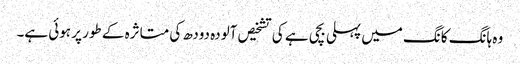
وہ ہانگ کانگ میں پہلی بچی ہے کی تشخیص آلودہ دودھ کی متاثرہ کے طور پر ہوئی ہے۔